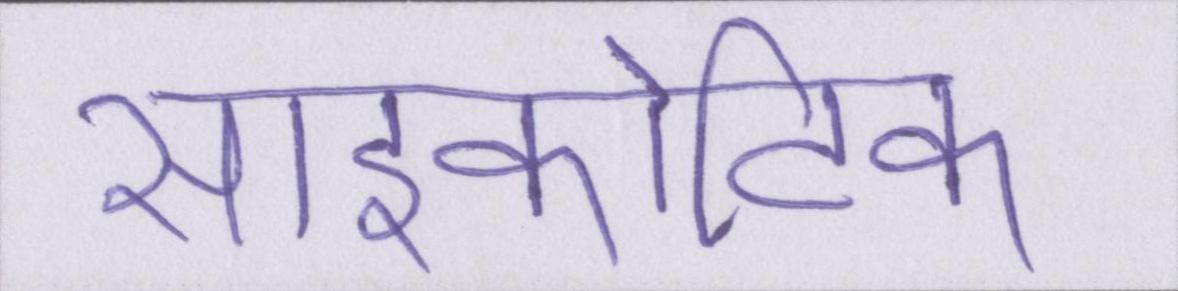
साइकोटिक